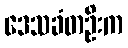
ဒေသခံတဦးက